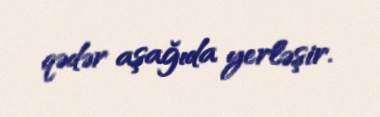
qədər aşağıda yerləşir.